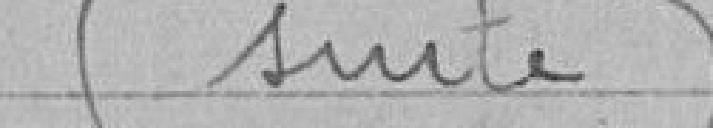
(suite)